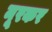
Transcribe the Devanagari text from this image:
नूरकर